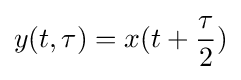
y(t,\tau )=x(t+{\frac {\tau }{2}})